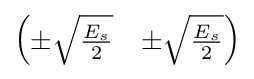
{\begin{pmatrix}\pm {\sqrt {\frac {E_{s}}{2}}}&\pm {\sqrt {\frac {E_{s}}{2}}}\end{pmatrix}}